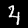
Label: 4